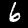
Label: 6